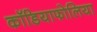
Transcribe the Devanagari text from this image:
कॉडियाफोलिया